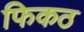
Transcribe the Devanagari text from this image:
फिकठ